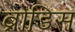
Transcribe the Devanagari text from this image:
ब्रोडिस